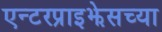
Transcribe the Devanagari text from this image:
एन्टरप्राइझेसच्या